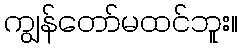
ကျွန်တော်မထင်ဘူး။